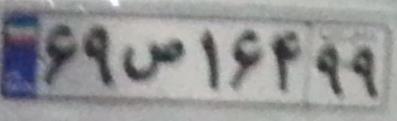
۶۹ص۱۶۴۹۹